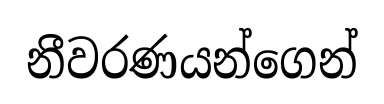
නීවරණයන්ගෙන්